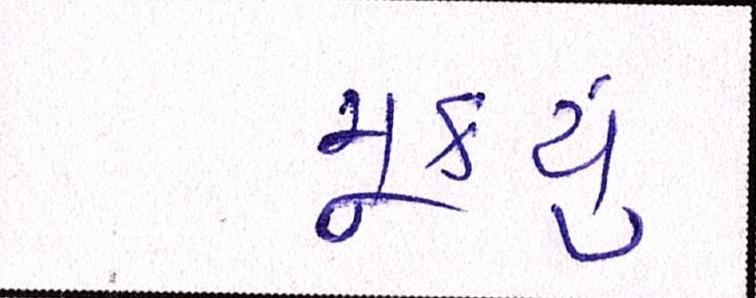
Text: મૂક્યું